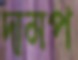
দামপ